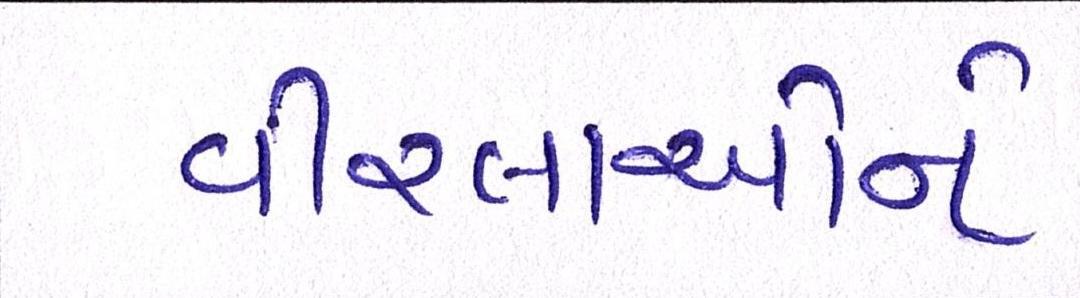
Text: વીરલાઓને